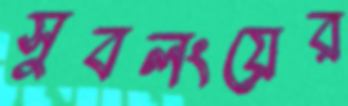
সুবলংয়ের